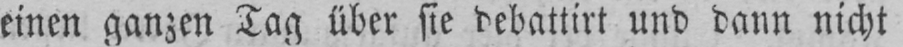
einen ganzen Tag über sie debattirt und dann nicht